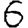
Digit: 6